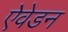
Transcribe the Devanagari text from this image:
ऐवेडन